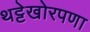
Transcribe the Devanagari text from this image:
थट्टेखोरपणा